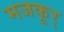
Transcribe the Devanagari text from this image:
मजकूर्